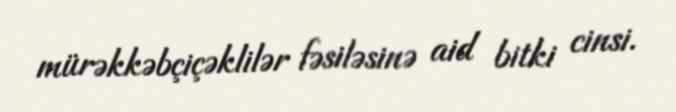
mürəkkəbçiçəklilər fəsiləsinə aid bitki cinsi.